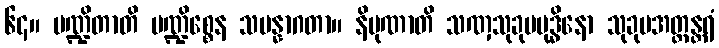
၆၄။ ပဏ္ဍိတာတိ ပဏ္ဍိစ္စေန သမန္နာဂတာ။ နိပုဏာတိ သဏှသုခုမဗုဒ္ဓိနော သုခုမအတ္ထန္တရံ